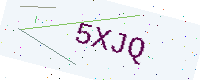
Text: 5XJQ